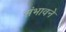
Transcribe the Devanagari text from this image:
संभावने